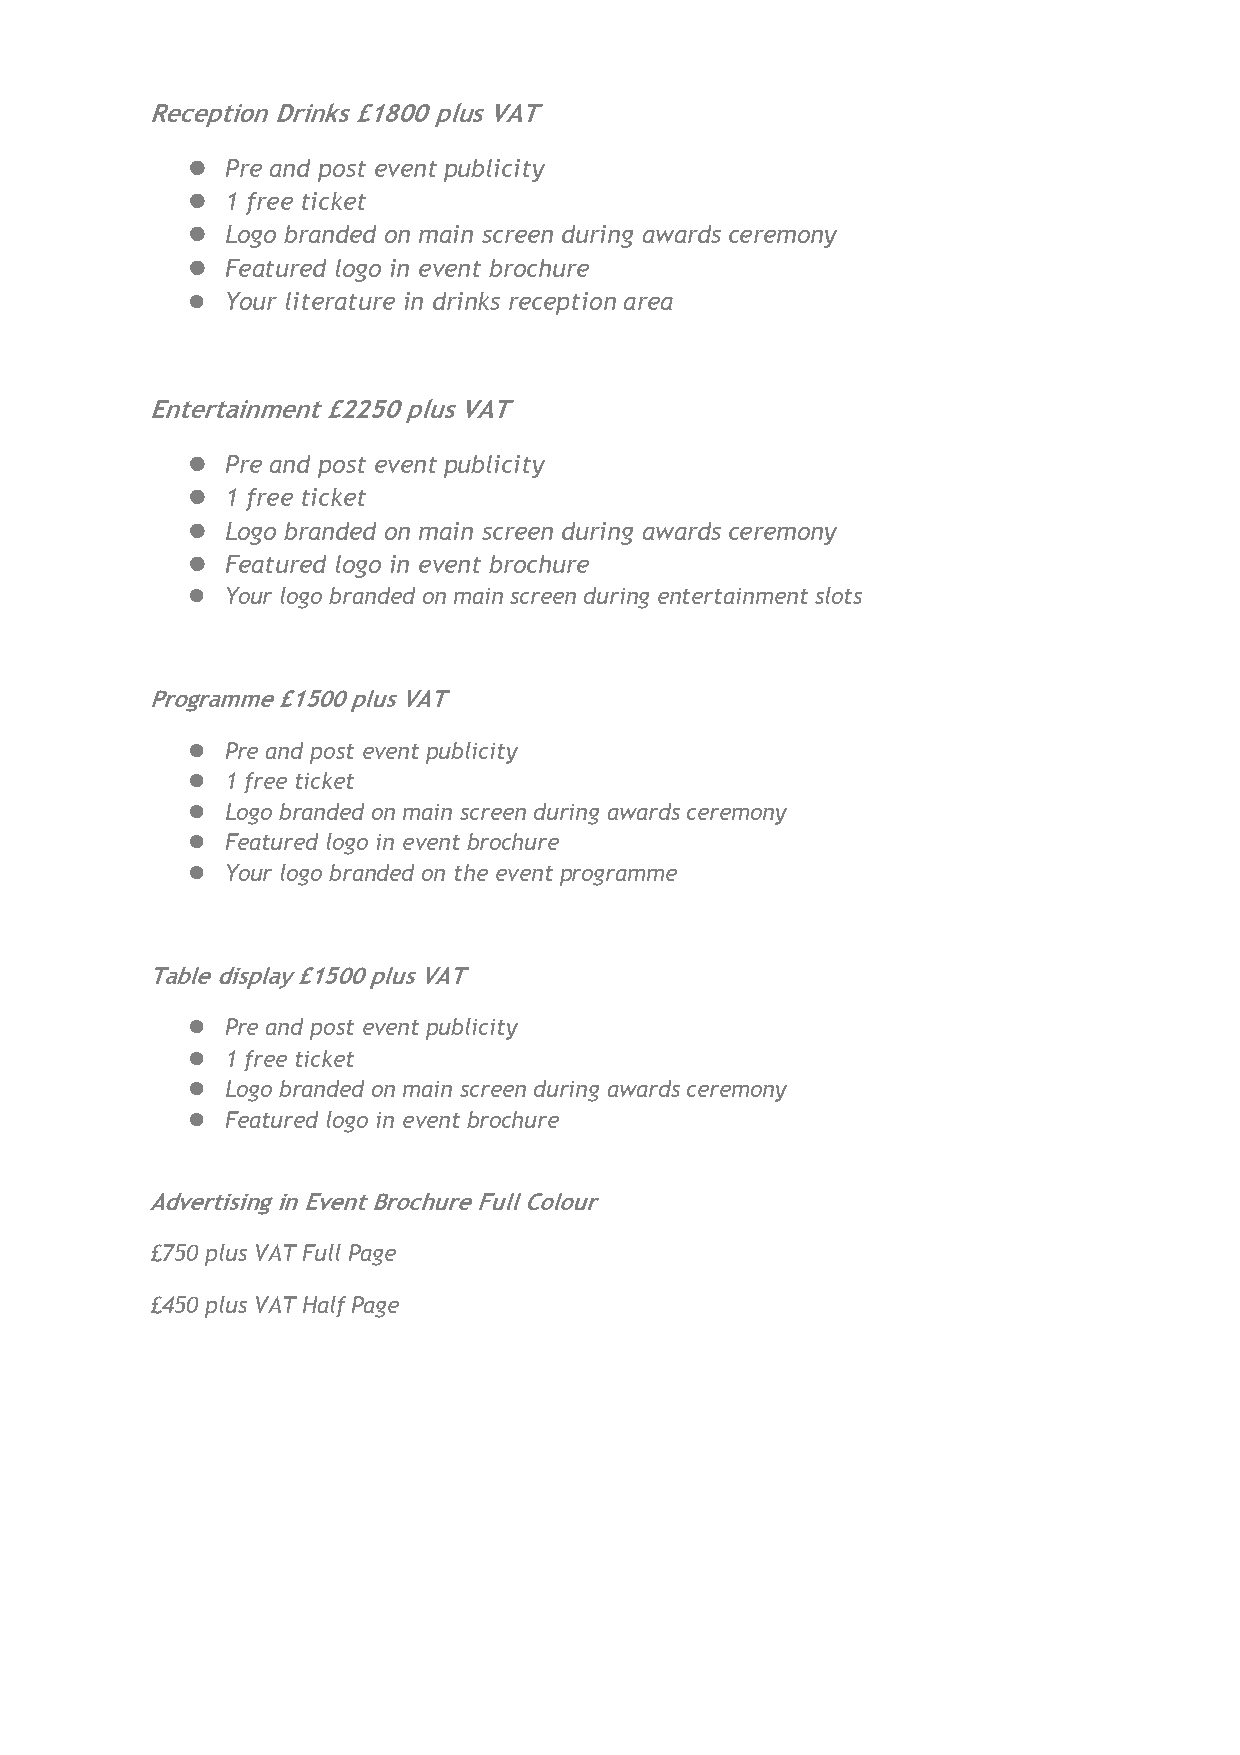
Reception Drinks £1800 plus VAT
 l  Pre and post event publicity
 l  1 free ticket
 l  Logo branded on main screen during awards ceremony
 l  Featured logo in event brochure
 l  Your literature in drinks reception area
 Entertainment £2250 plus VAT
 l  Pre and post event publicity
 l  1 free ticket
 l  Logo branded on main screen during awards ceremony
 l  Featured logo in event brochure
 l  Your logo branded on main screen during entertainment slots
 Programme £1500 plus VAT
 l  Pre and post event publicity
 l  1 free ticket
 l  Logo branded on main screen during awards ceremony
 l  Featured logo in event brochure
 l  Your logo branded on the event programme
 Table display £1500 plus VAT
 l  Pre and post event publicity
 l  1 free ticket
 l  Logo branded on main screen during awards ceremony
 l  Featured logo in event brochure
 Advertising in Event Brochure Full Colour
 £750 plus VAT Full Page
 £450 plus VAT Half Page